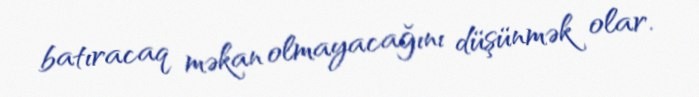
batıracaq məkan olmayacağını düşünmək olar.